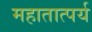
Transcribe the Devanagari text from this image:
महातात्पर्य